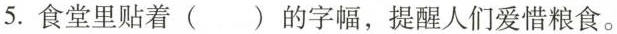
5.食堂里贴着（）的字幅，提醒人们爱惜粮食。